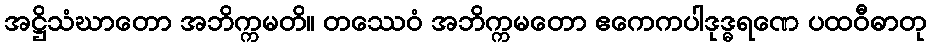
အဋ္ဌိသံဃာတော အဘိက္ကမတိ။ တဿေဝံ အဘိက္ကမတော ဧကေကပါဒုဒ္ဓရဏေ ပထဝီဓာတု